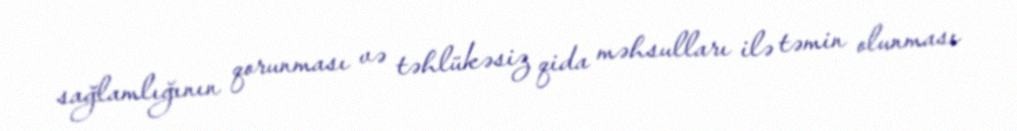
sağlamlığının qorunması və təhlükəsiz qida məhsulları ilə təmin olunması